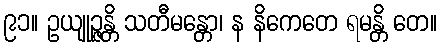
၉၁။ ဥယျုဉ္ဇန္တိ သတီမန္တော၊ န နိကေတေ ရမန္တိ တေ။